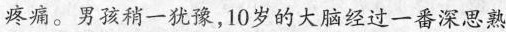
疼痛。男孩稍一犹豫，10岁的大脑经过一番深思熟